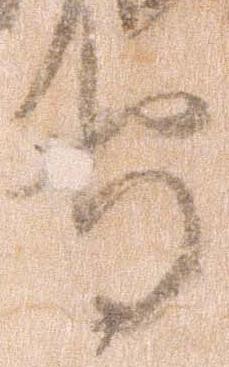
守